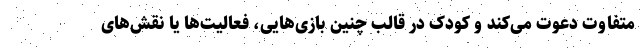
متفاوت دعوت می‌کند و کودک در قالب چنین بازی‌هایی، فعالیت‌ها یا نقش‌های